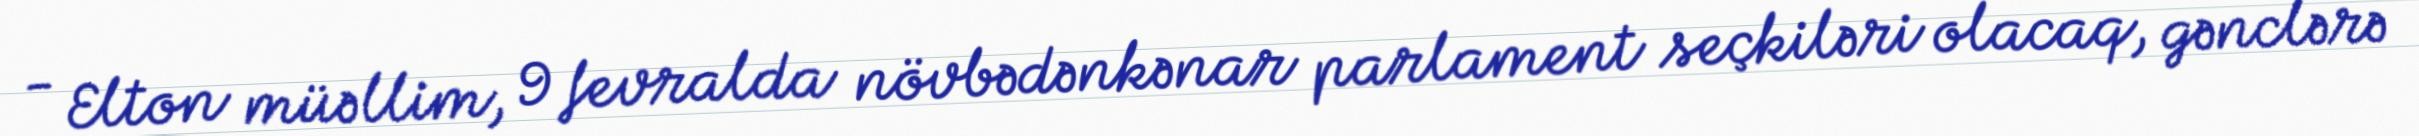
- Elton müəllim, 9 fevralda növbədənkənar parlament seçkiləri olacaq, gənclərə